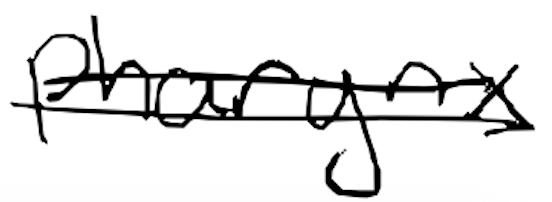
Text: pharynx
Cross-out: double-line
Writing tool: digital_black